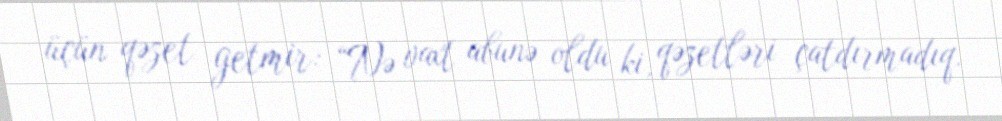
üçün qəzet getmir: “Nə vaxt abunə oldu ki, qəzetləri çatdırmadıq.